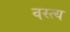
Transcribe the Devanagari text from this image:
वस्त्य